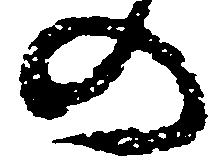
の